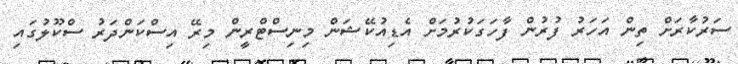
ސަރުކާރަށް ތިން އަހަރު ފުރުން ފާހަގަކުރުމަށް އެޑިއުކޭޝަން މިނިސްޓްރީން މިރޭ އިސްކަންދަރު ސްކޫލުގައި